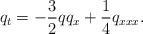
LaTeX: \begin{align*} q_t = -\dfrac{3}{2} q q_x + \dfrac{1}{4} q_{xxx}.\end{align*}